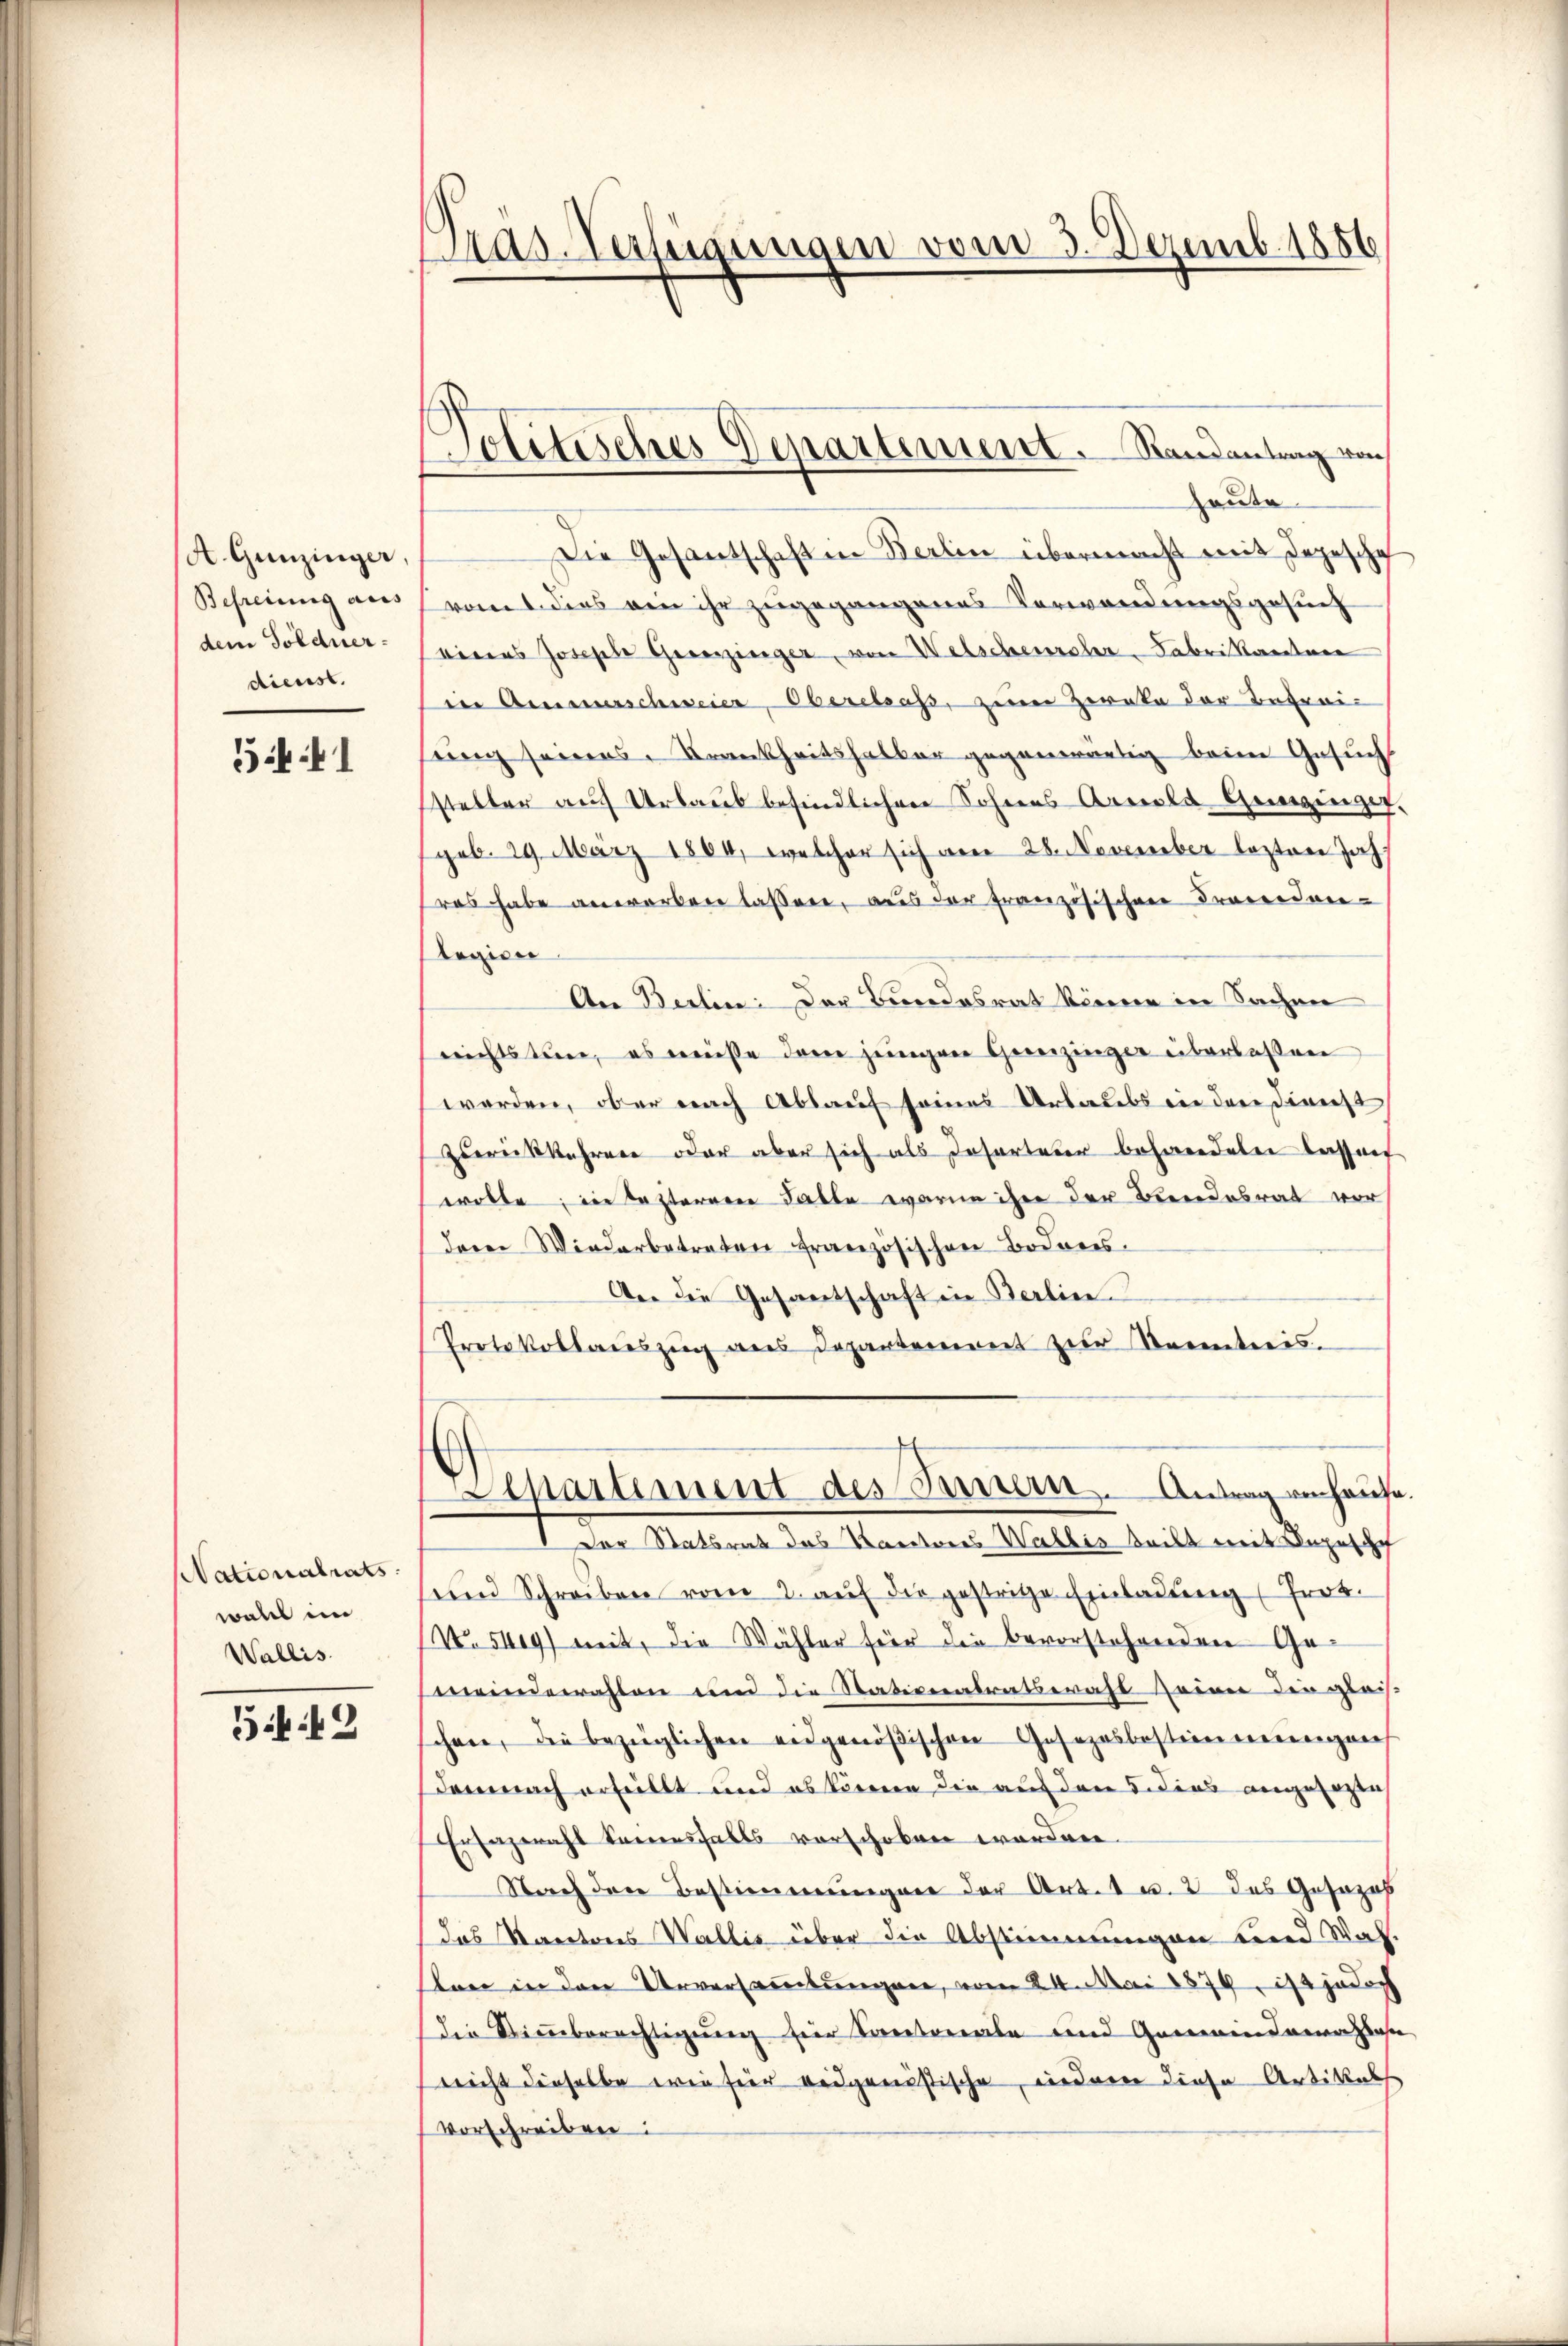
A. Gunzinger,
Befreiung aus
dem Soldnerdienst.

5441

Nationalrats.
wall im
Wallis.

519

as-Verfügungen vom 3. Dezemb. 1886

Volitisches Departement. Randantrag von

Hause
Die Gesantschaften Berlin übermacht mit Depesche
vom 1. dies ein ihr zugegangenes Verwendungsgesuch
eines Josephe Gererzinger, von Welschenraler-Fabrikantone
in Ammerschweier, Oberelsass, zur Zwecke der Betreiung seines Krankheitshalber gegenwärtig beim Gesuch
steller auf Urlaub befindlichen Sohnes Arnold Gemeinger
geb. 29. März 1864, welcher sich am 28. November lezten Jahres habe anwerben lassen, aus der französischen Fremden-
Regien
An Berlin der Bundesrat könne in Sachen
nichts tun, es müsse dann jenigen Gereizinger überlassen
worden, ob er nach Ablauf seines Urlaubs in den Direcht
zurückkehren oder aber sich als Insorteter behandeln lassen
wolte, die Lasternen Falle warne ihre der Beendesrat vor
derer Wiederbetreten französischen Bodares.
An die Gesantschaft in Berlin.
Protokollaŭszŭg ans Departement zur Kenntnis.
Aepartement des Innern. Antrag einhaus
Der Statsrath das Kantores Wallis teilt mit Depesche
und Schreiben vom 2. aŭf die gestriche Einladung Prot.
N. 549) mit, die Wähler für die bevorstehenden Ge-
meindewahlen und die Stationalrateraft seien die glei-
schen, die bezüglichen eidgenößischen Gesetzesbestimmungen
demnach erfüllt und es können die auf den dens angesagte
Erazeraht kamensfalls verschoben worden.
Nach den Bestimmungen der Art. 1 u. 2 des Gesezes
Das Kantons Wallis über die Abstimmungen und Wah
ban in den Urversammlungen, vom 24. Mai 1879, ist jedoch
Die Stimmberechtigung hier Kantonale und Gemeindern Jahr
sricht derselbe wie für eidganistische, wieder diese Artikels
vorschreiben